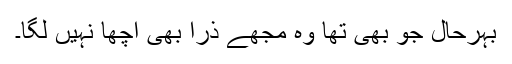
بہرحال جو بھی تھا وہ مجھے ذرا بھی اچھا نہیں لگا۔